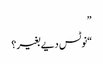
”
“نوٹس دیے بغیر؟